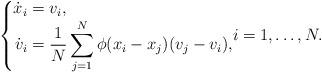
LaTeX: \begin{align*}\begin{cases}\begin{aligned}\dot x_i&=v_i, \\\dot v_i&=\frac{1}{N}\sum_{j = 1}^N \phi(x_i-x_j) (v_j-v_i),\end{aligned}i = 1, \ldots, N.\end{cases}\end{align*}